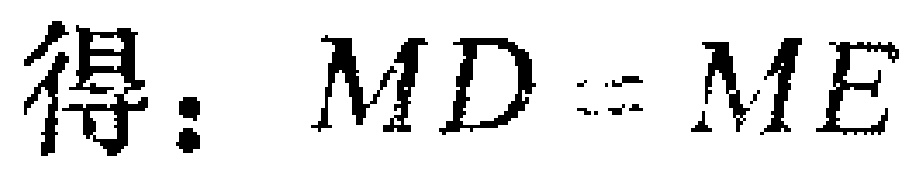
得：\(MD = ME\)